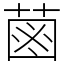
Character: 𦳊